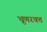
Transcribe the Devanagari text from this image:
भ्रूणरक्त